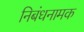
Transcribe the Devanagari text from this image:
निबंधनामक